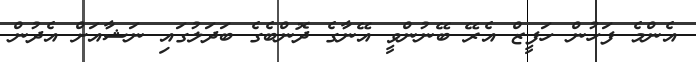
އެންމެ ފަހުން ހަފީޒް އެރޭ ބޭނުންވީ އޭނާގެ ދޮންބެގެ ބަދަލުގައި ނަޝާއަށް އެދުން